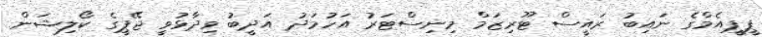
ޕީޕީއެމްގެ ނައިބު ރައީސް ޓޫރިޒަމް މިނިސްޓަރު އަހުމަދު އަދީބު ވިދާޅުވީ ޖޭޕީގެ ކޯލިޝަން